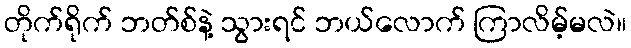
တိုက်ရိုက် ဘတ်စ်နဲ့ သွားရင် ဘယ်လောက် ကြာလိမ့်မလဲ။